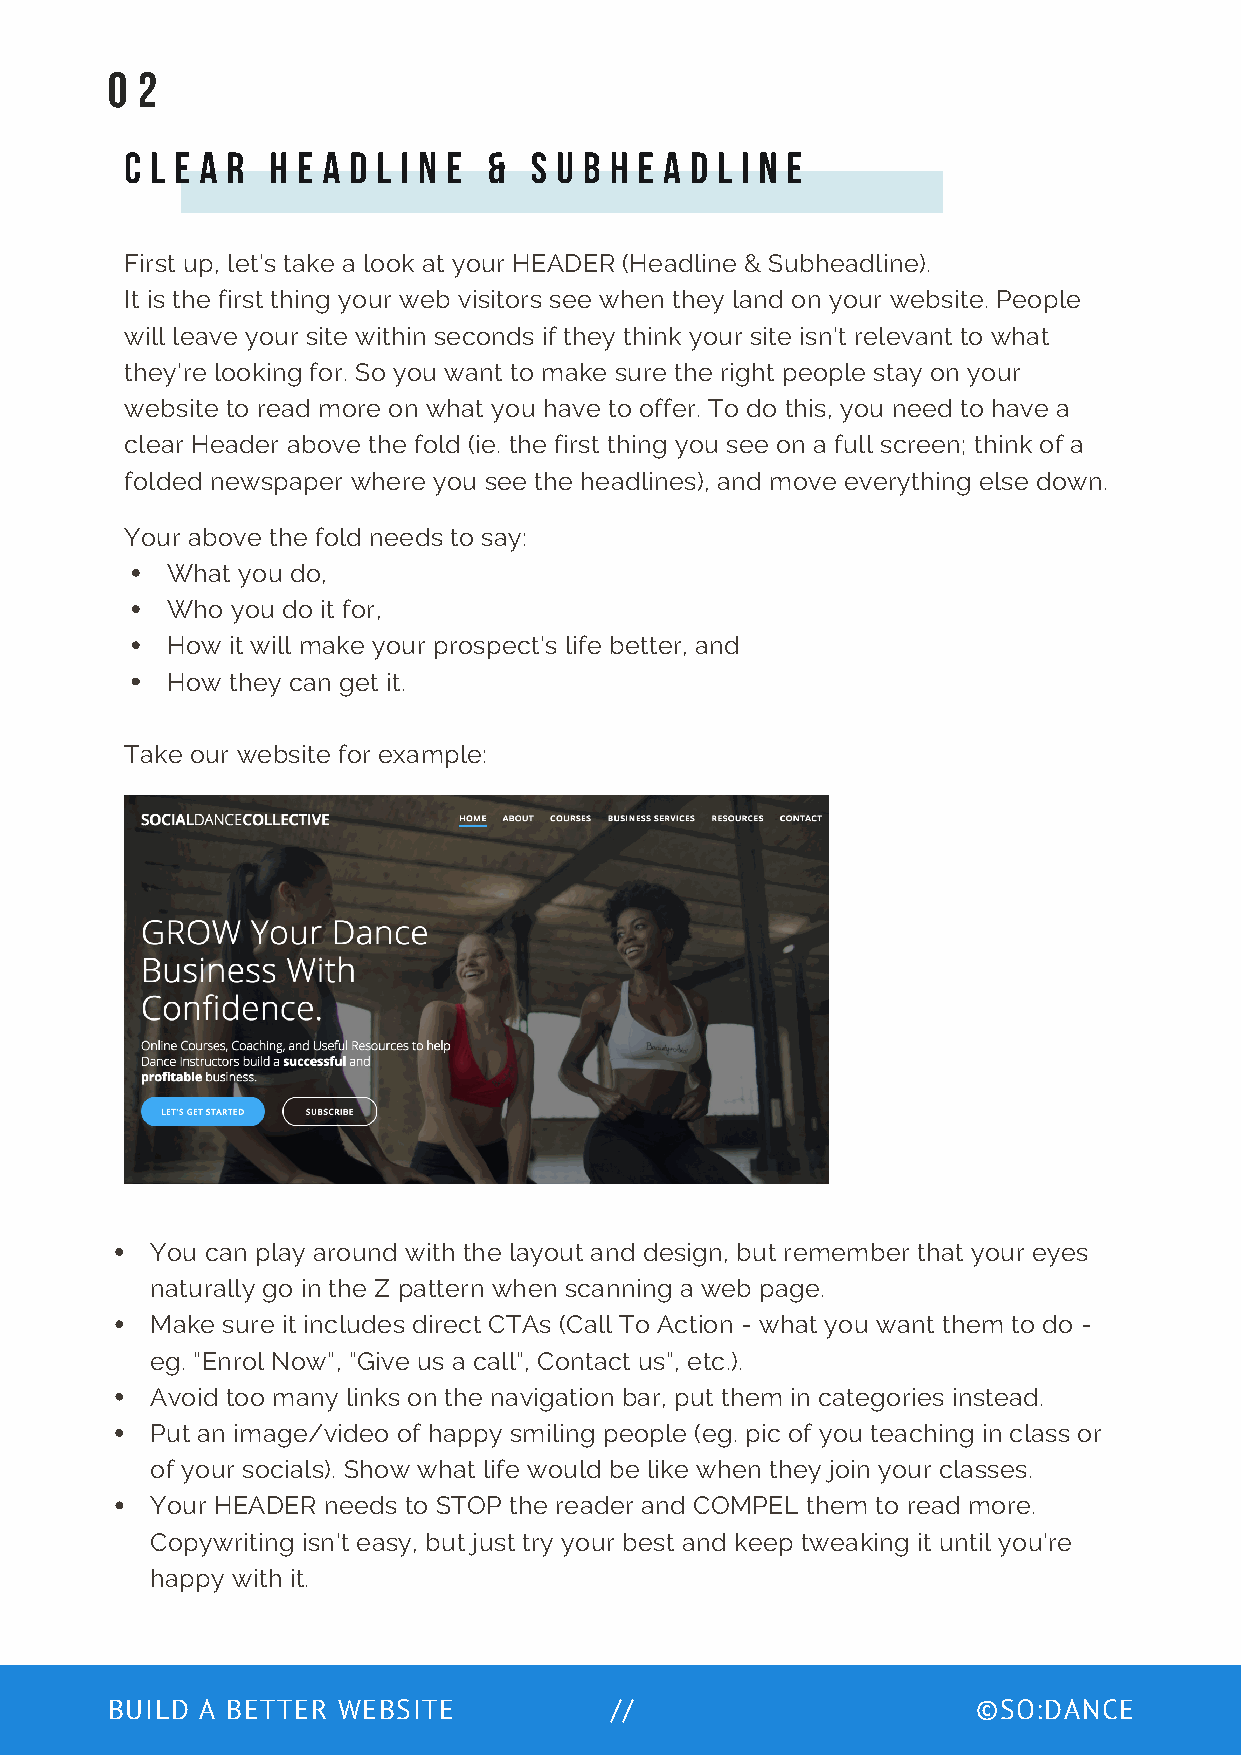
0 2
 C L E A R H E A D L I N E & S U B H E A D L I N E
 First up, let’s take a look at your HEADER (Headline & Subheadline).
 It is the first thing your web visitors see when they land on your website. People
 will leave your site within seconds if they think your site isn’t relevant to what
 they’re looking for. So you want to make sure the right people stay on your
 website to read more on what you have to offer. To do this, you need to have a
 clear Header above the fold (ie. the first thing you see on a full screen; think of a
 folded newspaper where you see the headlines), and move everything else down.
 Your above the fold needs to say:
 What you do,
 Who you do it for,
 How it will make your prospect’s life better, and
 How they can get it.
 Take our website for example:
 You can play around with the layout and design, but remember that your eyes
 naturally go in the Z pattern when scanning a web page.
 Make sure it includes direct CTAs (Call To Action - what you want them to do -
 eg. “Enrol Now”, “Give us a call”, Contact us”, etc.).
 Avoid too many links on the navigation bar, put them in categories instead.
 Put an image/video of happy smiling people (eg. pic of you teaching in class or
 of your socials). Show what life would be like when they join your classes.
 Your HEADER needs to STOP the reader and COMPEL them to read more.
 Copywriting isn’t easy, but just try your best and keep tweaking it until you’re
 happy with it.
 BUILD A BETTER WEBSITE           //                       ©SO:DANCE